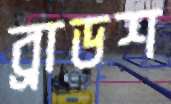
ব্রাডশ